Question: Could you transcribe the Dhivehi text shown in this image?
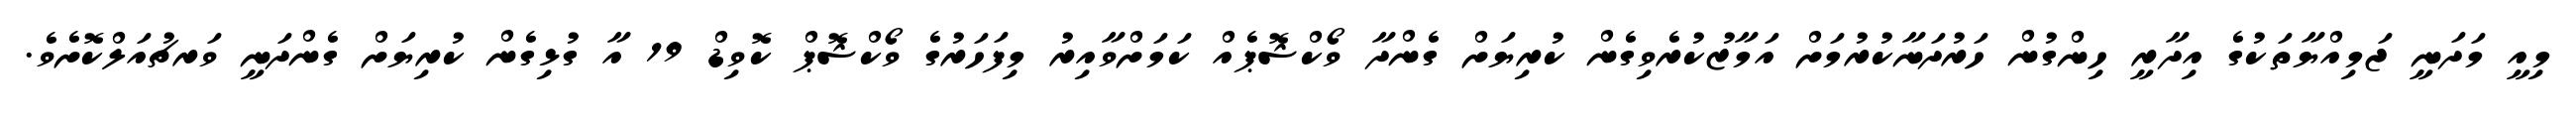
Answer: މިއީ މަދަނީ ޖަމިއްޔާތަކުގެ އިދާރީ ހިންގުން ހަރުދަނާކުރުމަށް އަމާޒުކުރެވިގެން ކުރިޔަށް ގެންދާ ވޯކްޝޮޕެއް ކަމަށްވާއިރު މިފަހަރުގެ ވޯކްޝޮޕް ކޮވިޑް 19 އާ ގުޅިގެން ކުރިޔަށް ގެންދަނީ ވަރޗުއަލްކޮށެވެ.